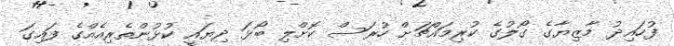
ފުހައިދު މާޒިޔާގެ ގޯލުގެ ކުރިމައްޗަށް ހުރަސް ކޮށްލި ބޯޅަ ދިޔައީ ކުޅުންތެރިއެއްގެ ފައިގަ